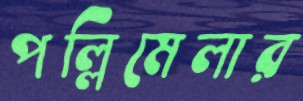
পল্লিমেলার